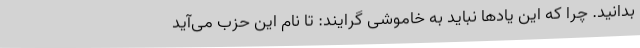
بدانید. چرا که این یادها نباید به خاموشی گرایند: تا نام این حزب می‌آید